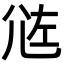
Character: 𡯛